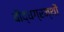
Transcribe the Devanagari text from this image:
बौद्धग्रन्थों